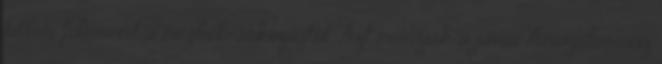
hittem fölmered a megbotránkozástól. Azt mondják a jávai Amagdarossz